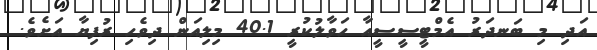
އަދި މި ބަނދަރު އެމްޓީސީސީއާ ހަވާލުކުރީ 40.1 މިލިއަން ދިވެހި ރުފިޔާ އަށެވެ.